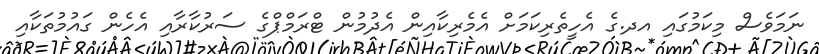
ނަމަވެސް މިކަމުގައި އދ.ގެ އެހީތެރިކަމަށް އެމެރިކާއިން އެދުމުން ޓްރަމްޕްގެ ސަރުކާރާއި އެހެން ގައުމުތަކާއި